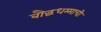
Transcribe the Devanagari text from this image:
बौद्धधम्माची